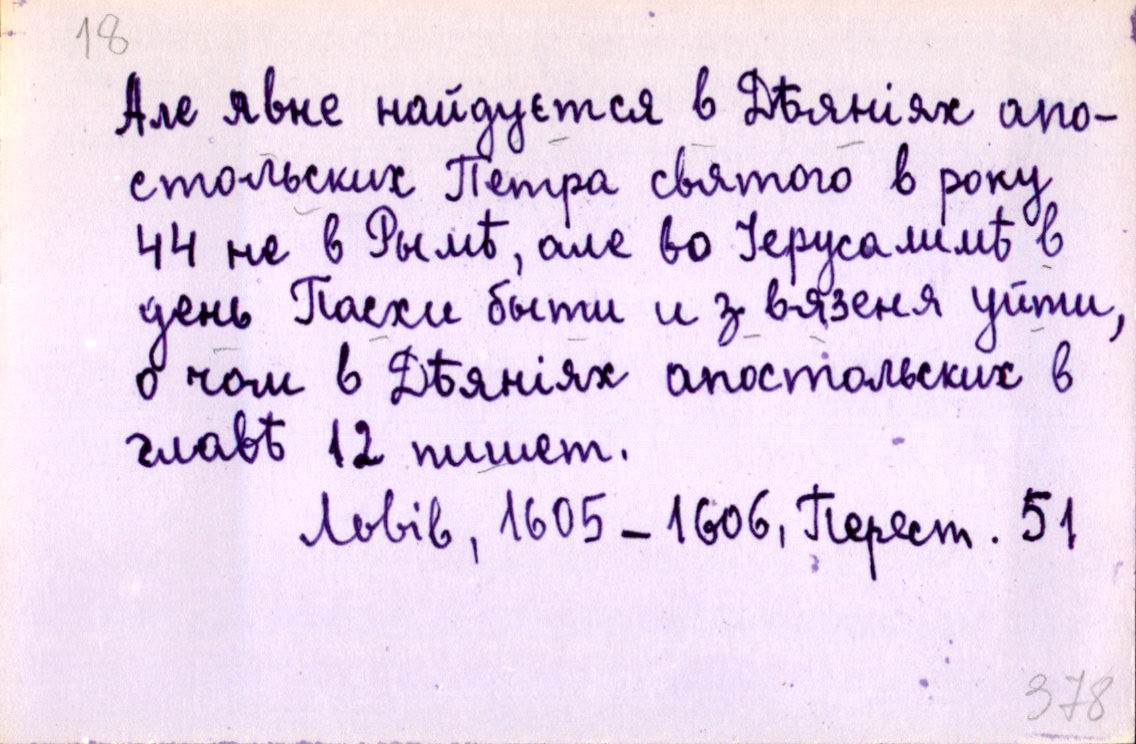
Але явне найдуєтся в Дѣяніях апо-
стольских Петра святого в року
44 не в Рымѣ, але во Іерусалимѣ в
день Пасхи быти и з вязеня уйти,
о чом в Дѣяніях апостольских в
главѣ 12 пишет.
Львів, 1605-1606, Перест. 51